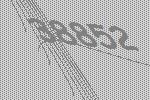
38852